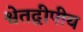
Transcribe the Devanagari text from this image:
श्वेतद्वीपीय